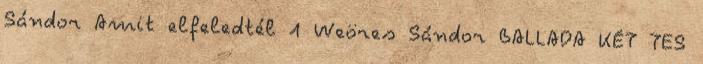
Sándor Amit elfeledtél 1 Weöres Sándor BALLADA KÉT TES